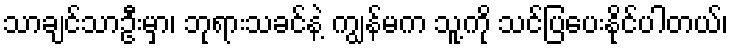
သာချင်သာဦးမှာ၊ ဘုရားသခင်နဲ့ ကျွန်မက သူ့ကို သင်ပြပေးနိုင်ပါတယ်၊